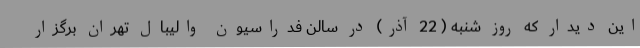
این دیدار که روز شنبه ( 22 آذر) در سالن فدراسیون والیبال تهران برگزار